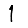
Digit: 1